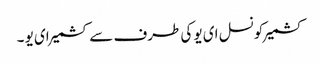
کشمیرکونسل ای یو کی طرف سے کشمیرای یو ۔